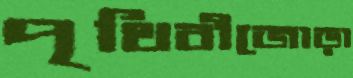
পৃথিবীজোড়া